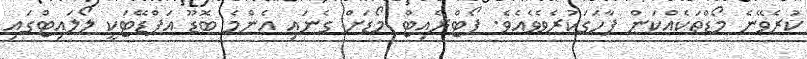
ކުރެވޭނެ މޯޑްތަކެއްކަން ފާހަގަކުރެވެވެއެވެ. ޕޯޓްރެއިޓް މޯޑަށް ގެނައި އެންމެ ބޮޑޫ އަޕްޑޭޓަކީ ލޯލައިޓްގައި